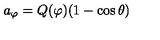
a _ { \varphi } = Q ( \varphi ) ( 1 - \cos \theta )